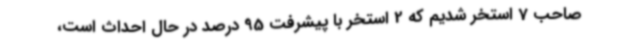
صاحب 7 استخر شدیم که 2 استخر با پیشرفت 95 درصد در حال احداث است،